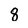
Character: 8